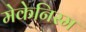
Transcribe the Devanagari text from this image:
मेकेनिस्म